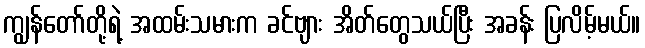
ကျွန်တော်တို့ရဲ့ အထမ်းသမားက ခင်ဗျား အိတ်တွေသယ်ပြီး အခန်း ပြလိမ့်မယ်။